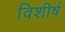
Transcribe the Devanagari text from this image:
विशीर्ष